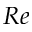
R e